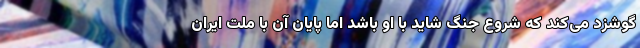
گوشزد می‌کند که شروع جنگ شاید با او باشد اما پایان آن با ملت ایران